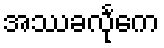
အဿခလုင်္ကေ